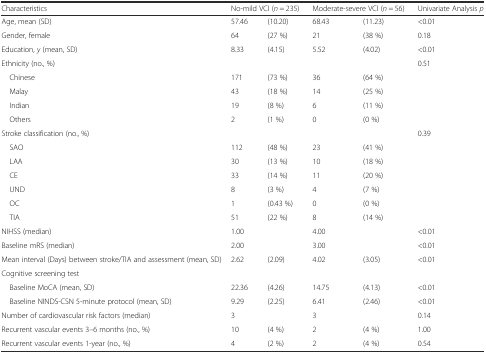
<table><thead><tr><td><b>Characteristics</b></td><td colspan="2"><b>No-mild VCI (<i>n</i> = 235)</b></td><td colspan="2"><b>Moderate-severe VCI (<i>n</i> = 56)</b></td><td><b>Univariate Analysis <i>p</i></b></td></tr></thead><tbody><tr><td>Age, mean (SD)</td><td>57.46</td><td>(10.20)</td><td>68.43</td><td>(11.23)</td><td>&lt;0.01</td></tr><tr><td>Gender, female</td><td>64</td><td>(27 %)</td><td>21</td><td>(38 %)</td><td>0.18</td></tr><tr><td>Education, <i>y</i> (mean, SD)</td><td>8.33</td><td>(4.15)</td><td>5.52</td><td>(4.02)</td><td>&lt;0.01</td></tr><tr><td colspan="5">Ethnicity (no., %)</td><td>0.51</td></tr><tr><td> Chinese</td><td>171</td><td>(73 %)</td><td>36</td><td>(64 %)</td><td rowspan="4"></td></tr><tr><td> Malay</td><td>43</td><td>(18 %)</td><td>14</td><td>(25 %)</td></tr><tr><td> Indian</td><td>19</td><td>(8 %)</td><td>6</td><td>(11 %)</td></tr><tr><td> Others</td><td>2</td><td>(1 %)</td><td>0</td><td>(0 %)</td></tr><tr><td>Stroke classification (no., %)</td><td></td><td></td><td></td><td></td><td>0.39</td></tr><tr><td> SAO</td><td>112</td><td>(48 %)</td><td>23</td><td>(41 %)</td><td rowspan="6"></td></tr><tr><td> LAA</td><td>30</td><td>(13 %)</td><td>10</td><td>(18 %)</td></tr><tr><td> CE</td><td>33</td><td>(14 %)</td><td>11</td><td>(20 %)</td></tr><tr><td> UND</td><td>8</td><td>(3 %)</td><td>4</td><td>(7 %)</td></tr><tr><td> OC</td><td>1</td><td>(0.43 %)</td><td>0</td><td>(0 %)</td></tr><tr><td> TIA</td><td>51</td><td>(22 %)</td><td>8</td><td>(14 %)</td></tr><tr><td>NIHSS (median)</td><td>1.00</td><td rowspan="2"></td><td>4.00</td><td rowspan="2"></td><td>&lt;0.01</td></tr><tr><td>Baseline mRS (median)</td><td>2.00</td><td>3.00</td><td>&lt;0.01</td></tr><tr><td>Mean interval (Days) between stroke/TIA and assessment (mean, SD)</td><td>2.62</td><td>(2.09)</td><td>4.02</td><td>(3.05)</td><td>&lt;0.01</td></tr><tr><td colspan="6">Cognitive screening test</td></tr><tr><td> Baseline MoCA (mean, SD)</td><td>22.36</td><td>(4.26)</td><td>14.75</td><td>(4.13)</td><td>&lt;0.01</td></tr><tr><td> Baseline NINDS-CSN 5-minute protocol (mean, SD)</td><td>9.29</td><td>(2.25)</td><td>6.41</td><td>(2.46)</td><td>&lt;0.01</td></tr><tr><td>Number of cardiovascular risk factors (median)</td><td>3</td><td></td><td>3</td><td></td><td>0.14</td></tr><tr><td>Recurrent vascular events 3–6 months (no., %)</td><td>10</td><td>(4 %)</td><td>2</td><td>(4 %)</td><td>1.00</td></tr><tr><td>Recurrent vascular events 1-year (no., %)</td><td>4</td><td>(2 %)</td><td>2</td><td>(4 %)</td><td>0.54</td></tr></tbody></table>